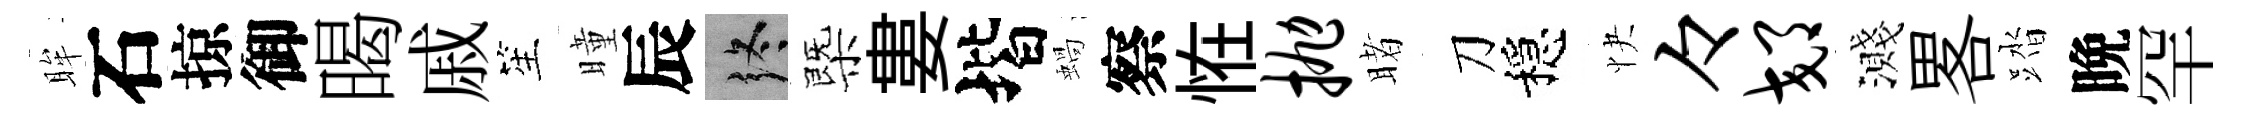
眸石掠御暍戚笙曈辰终㮣婁堦蝸察恠抛睹刀穩快々郊濺畧踏晩罕